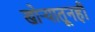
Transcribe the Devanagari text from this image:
खोर्‍यातूनही